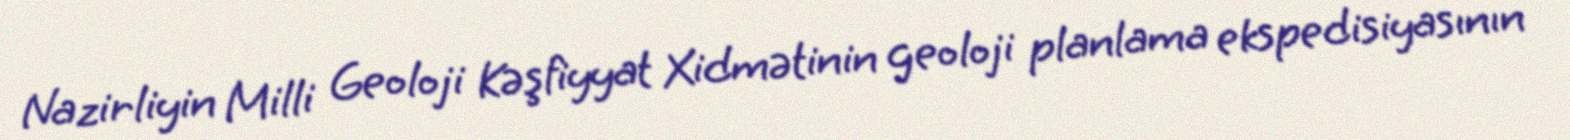
Nazirliyin Milli Geoloji Kəşfiyyat Xidmətinin geoloji planlama ekspedisiyasının